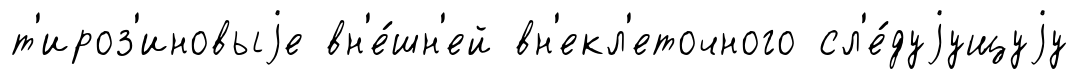
т'ироз'иновыjе вн'е́шн'ей вн'екл'еточного сл'е́дуjущуjу